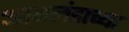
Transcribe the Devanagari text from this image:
आयलंडाच्या